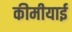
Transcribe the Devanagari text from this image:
कीमीयाई